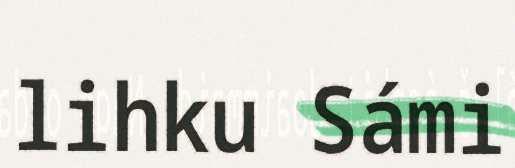
lihku Sámi